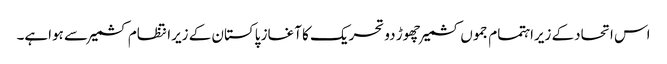
اس اتحادکے زیراہتمام جموں کشمیرچھوڑ دو تحریک کا آغاز پاکستان کے زیرانتظام کشمیر سے ہواہے۔